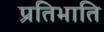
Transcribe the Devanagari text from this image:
प्रतिभाति